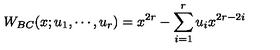
W _ { B C } ( x ; u _ { 1 } , \cdots , u _ { r } ) = x ^ { 2 r } - \sum _ { i = 1 } ^ { r } u _ { i } x ^ { 2 r - 2 i }